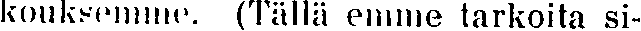
kouksemme. (Tällä emme tarkoita si-